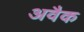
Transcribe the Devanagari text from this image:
अवैक